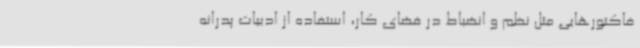
فاکتورهایی مثل نظم و انضباط در فضای کار، استفاده از ادبیات پدرانه